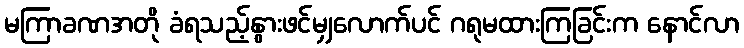
မကြာခဏအတို ခံရသည့်နွားဖင်မျှလောက်ပင် ဂရုမထားကြခြင်းက နောင်လာ